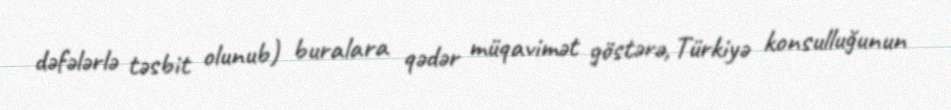
dəfələrlə təsbit olunub) buralara qədər müqavimət göstərə, Türkiyə konsulluğunun